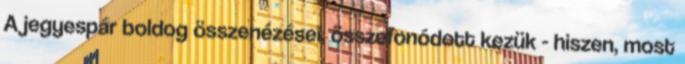
A jegyespár boldog összenézései, összefonódott kezük - hiszen, most